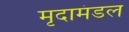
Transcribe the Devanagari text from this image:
मृदामंडल